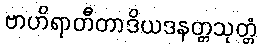
ဗာဟိရာတီတာဒိယဒနတ္တသုတ္တံ